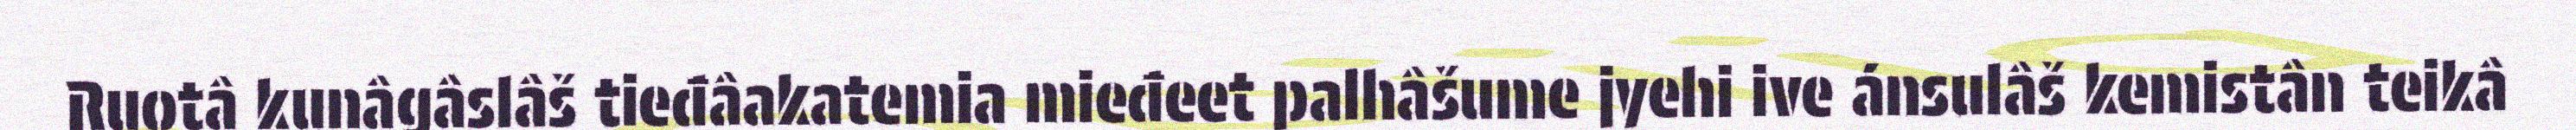
Ruotâ kunâgâslâš tieđâakatemia mieđeet palhâšume jyehi ive ánsulâš kemistân teikâ